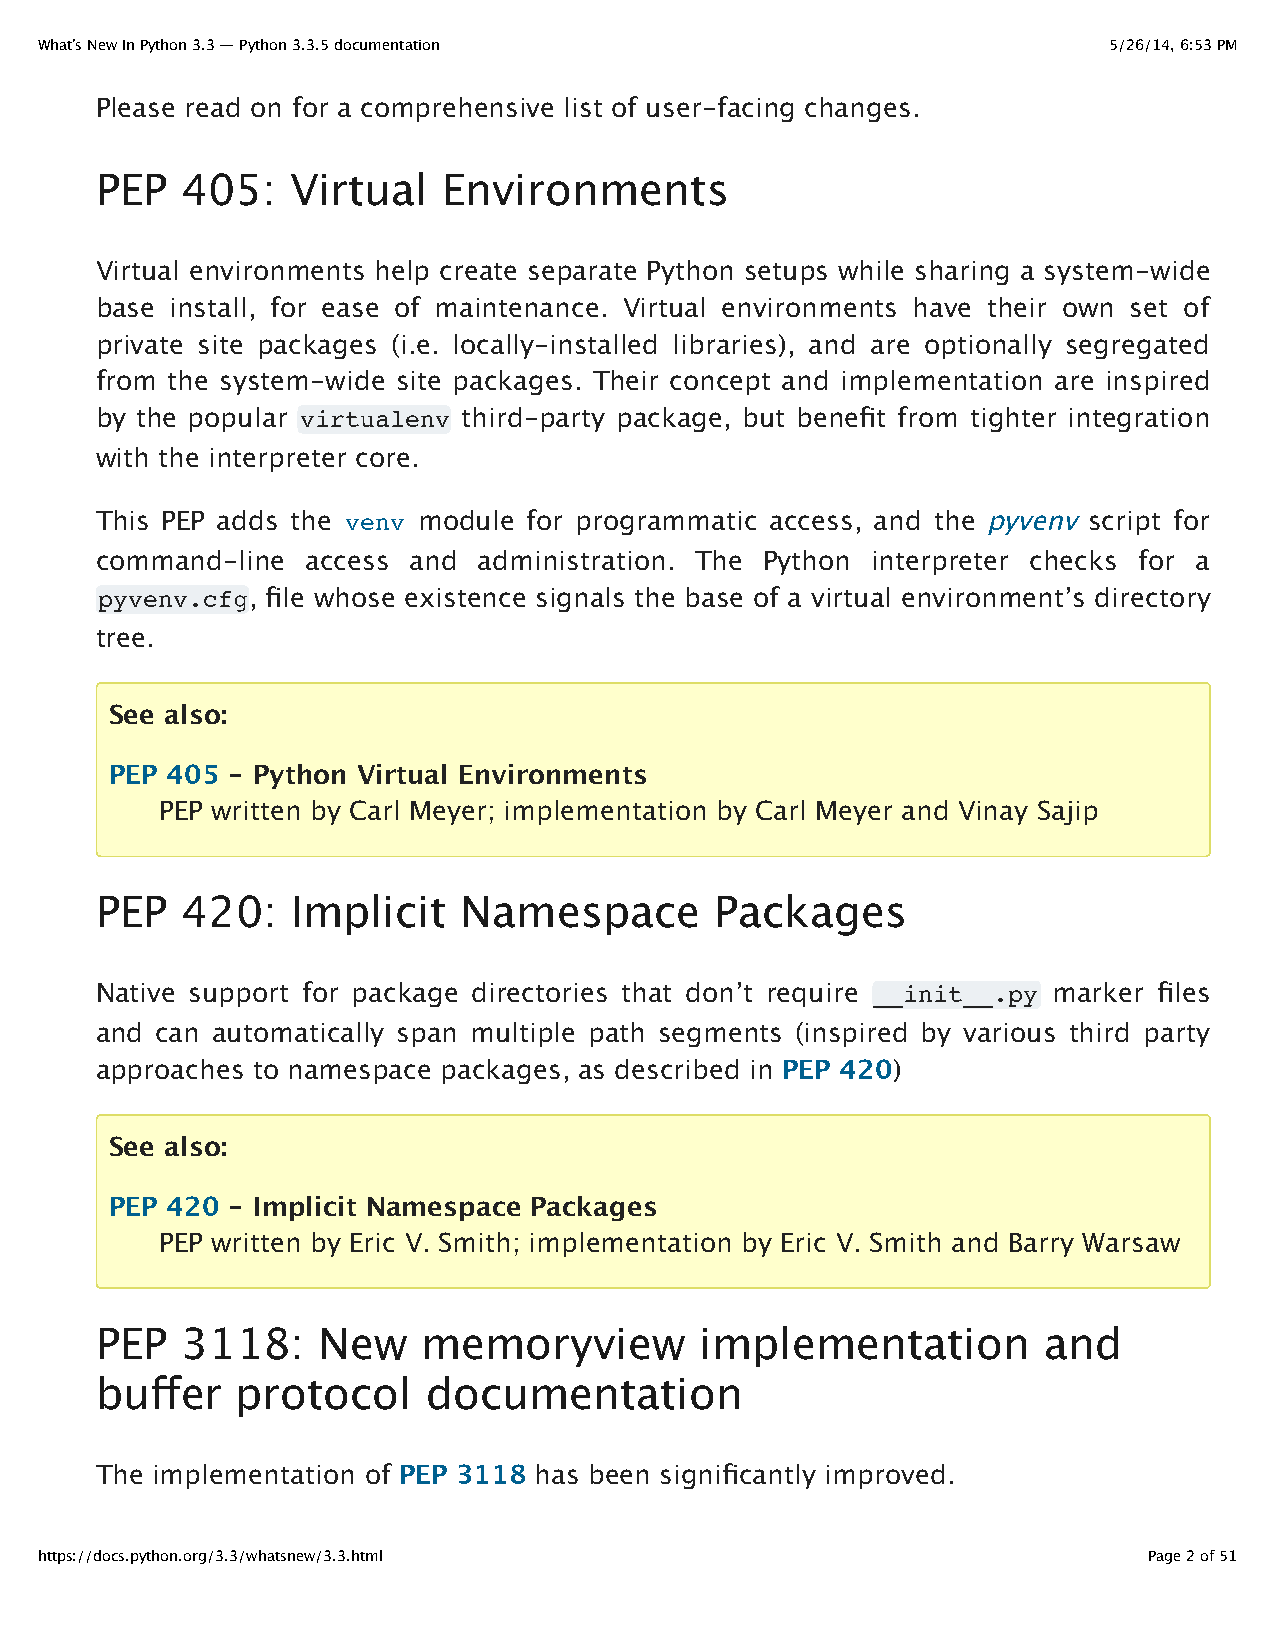
What’s New In Python 3.3 — Python 3.3.5 documentation                  5/26/14, 6:53 PM
 Please read on for a comprehensive list of user-facing changes.
 PEP   405:   Virtual   Environments
 Virtual environments help create separate Python setups while sharing a system-wide
 base install, for ease of maintenance. Virtual environments have their own set of
 private site packages (i.e. locally-installed libraries), and are optionally segregated
 from the system-wide site packages. Their concept and implementation are inspired
 by the popular virtualenv third-party package, but benefit from tighter integration
 with the interpreter core.
 This PEP adds the venv module for programmatic access, and the pyvenv script for
 command-line  access and  administration. The Python interpreter checks for a
 pyvenv.cfg, file whose existence signals the base of a virtual environment’s directory
 tree.
 See also:
 PEP 405 - Python Virtual Environments
 PEP written by Carl Meyer; implementation by Carl Meyer and Vinay Sajip
 PEP   420:   Implicit   Namespace        Packages
 Native support for package directories that don’t require __init__.py marker files
 and can automatically span multiple path segments (inspired by various third party
 approaches to namespace packages, as described in PEP 420)
 See also:
 PEP 420 - Implicit Namespace Packages
 PEP written by Eric V. Smith; implementation by Eric V. Smith and Barry Warsaw
 PEP   3118:    New    memoryview        implementation         and
 buffer    protocol    documentation
 The implementation of PEP 3118 has been significantly improved.
 https://docs.python.org/3.3/whatsnew/3.3.html                             Page 2 of 51